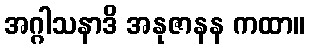
အဂ္ဂါသနာဒိ အနုဇာနန ကထာ။